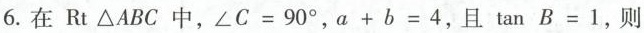
6.在RtΔABC 中, $$∠ C = 9 0 °$$，$$a + b = 4$$， 且$$\tan B = 1$$，则